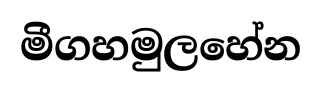
මීගහමුලහේන